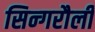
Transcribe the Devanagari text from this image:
सिन्गरौली